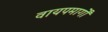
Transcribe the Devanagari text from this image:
वायपमार्गों